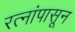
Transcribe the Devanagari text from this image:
रत्‍नांपासून